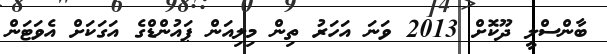
ބާންސްލީ ދޫކޮށް 2013 ވަނަ އަހަރު ތިން މިލިއަން ޕައުންޑްގެ އަގަކަށް އެވަޓަން